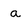
Character: a